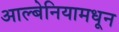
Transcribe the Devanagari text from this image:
आल्बेनियामधून